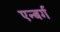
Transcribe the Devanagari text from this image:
एन्बर्ग